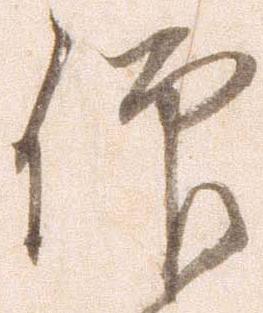
仰